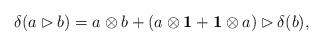
LaTeX: \begin{align*} \delta(a\rhd b)=a\otimes b+(a\otimes \mathbf 1+\mathbf 1\otimes a)\rhd \delta(b), \end{align*}